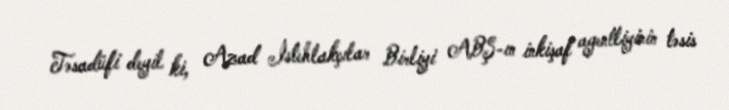
Təsadüfi deyil ki, Azad İstehlakçılar Birliyi ABŞ-ın inkişaf agentliyinin təsis